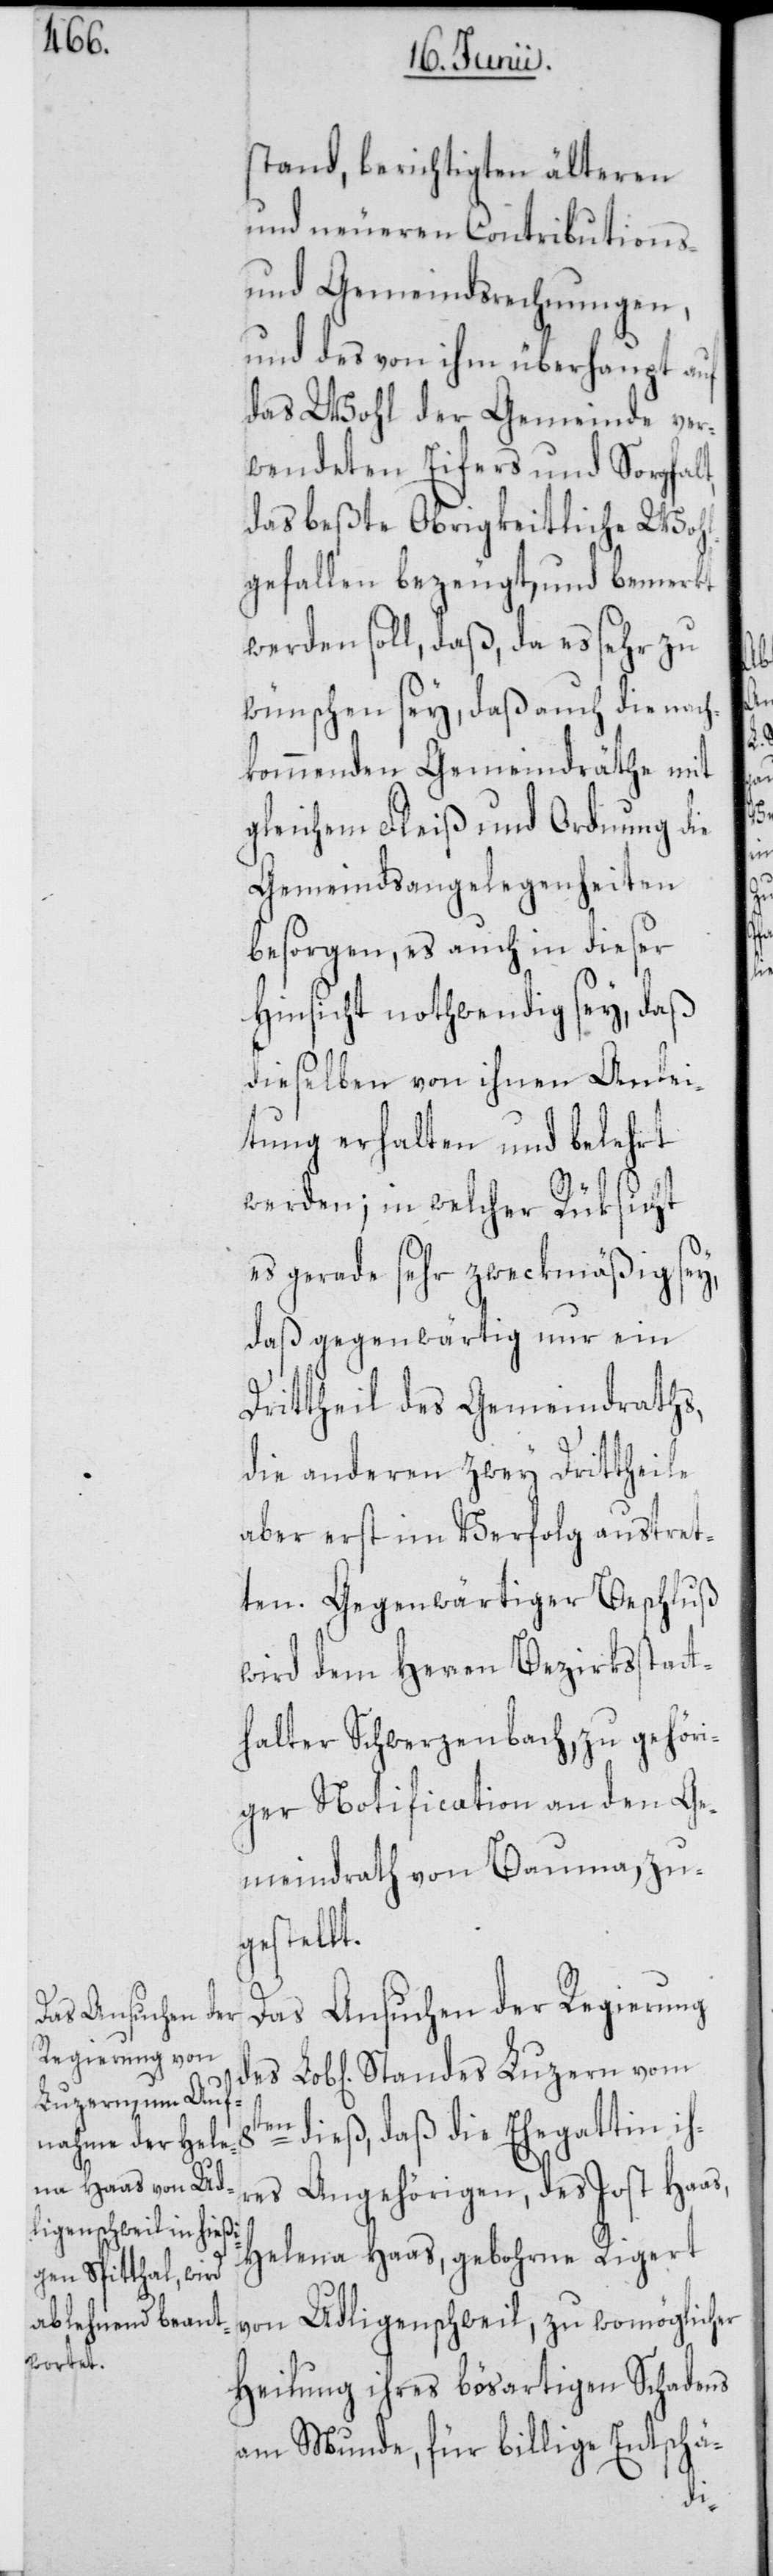
Luzern vom 8t¬

stand, berichtigten älteren
und neueren Contributions-
und Gemeindsrechnungen,
und des von ihm überhaupt auf
das Wohl der Gemeinde ver¬
wendeten Eifers und Sorgfalt,
das beßte Obrigkeitliche Wohl¬
gefallen bezeugt, und bemerkt
werden soll, daß, da es sehr zu
wünschen sey, daß auch die nach¬
kommenden Gemeindräthe mit
gleichem Fleiß und Ordnung die
Gemeindsangelegenheiten
besorgen, es auch in dieser
Hinsicht nothwendig sey, daß
dieselben von ihnen Anlei¬
tung erhalten und belehrt
werden; in welcher Rüksicht
es gerade sehr zweckmäßig sey,
daß gegenwärtig nur ein
Drittheil des Gemeindraths,
die anderen zwey Drittheile
aber erst im Verfolg austret¬
ten. Gegenwärtiger Beschluß
wird dem Herren Bezirksstatt¬
halter Schwerzenbach, zu gehöri¬
ger Notification an den Ge¬
meindrath von Bauma, zu¬
gestellt.
Das Ansuchen der Regierung
en
dieß, daß die Ehegattin ih¬
res Angehörigen, des Jost Haas,
Helena Haas, gebohrne Rigert
von Udligenschweil, zu womöglicher
Heilung ihres bösartigen Schadens
am Munde, für billige Entschä-